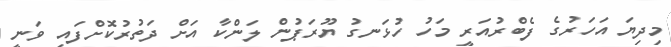
މިދިޔަ އަހަރުގެ ފެބްރުއަރީ މަހު ހުޅަނގު ޔޫރަޕުން ލަންކާ އަށް ދަތުރުކޮށްފައި ވަނީ